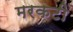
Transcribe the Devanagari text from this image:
मरकटी